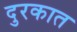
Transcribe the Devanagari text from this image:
दुरकात